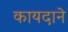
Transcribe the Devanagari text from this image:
कायदाने